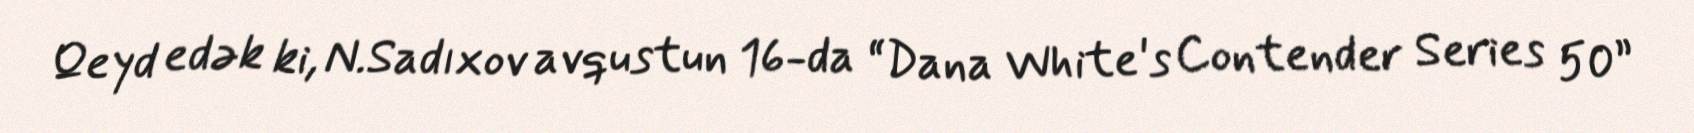
Qeyd edək ki, N.Sadıxov avqustun 16-da “Dana White's Contender Series 50”